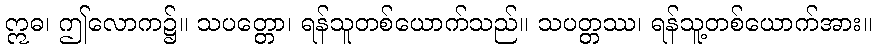
ဣဓ၊ ဤလောက၌။ သပတ္တော၊ ရန်သူတစ်ယောက်သည်။ သပတ္တဿ၊ ရန်သူ့တစ်ယောက်အား။